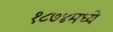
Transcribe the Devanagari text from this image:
१८७४मध्ये